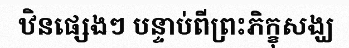
ឋិនផ្សេងៗ បន្ទាប់ពីព្រះភិក្ខុសង្ឃ